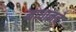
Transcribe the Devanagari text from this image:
माधानचे